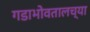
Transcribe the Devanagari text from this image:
गडाभोवतालच्या